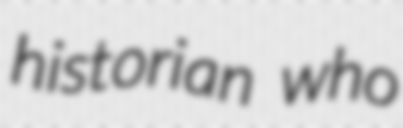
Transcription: historian who